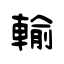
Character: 輸